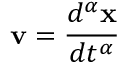
{ \bf v } = \frac { d ^ { \alpha } { \bf x } } { d t ^ { \alpha } }